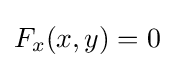
F_{x}(x,y)=0